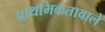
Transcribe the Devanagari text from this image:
प्राथमिकतावाले